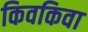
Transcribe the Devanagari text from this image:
किवकिवा